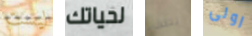
ليست لحياتك يصف اولى